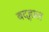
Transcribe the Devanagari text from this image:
बद्हाल